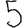
Digit: 5